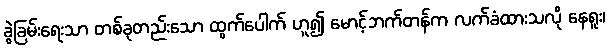
ခွဲခြမ်းရေးသာ တစ်ခုတည်းသော ထွက်ပေါက် ဟူ၍ မောင့်ဘက်တန်က လက်ခံထားသလို နေရူး၊